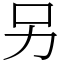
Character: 另